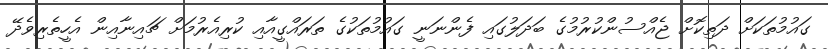
ގައުމުތަކަށް ދަތިކޮށް ޖެއްސުންކުރުމުގެ ބަދަލުގައި ފެންނަނީ ގައުމުތަކުގެ ތަރައްގީއާއި ކުރިއެރުމަށް ޗައިނާއިން އެހީތެރިވެދޭ